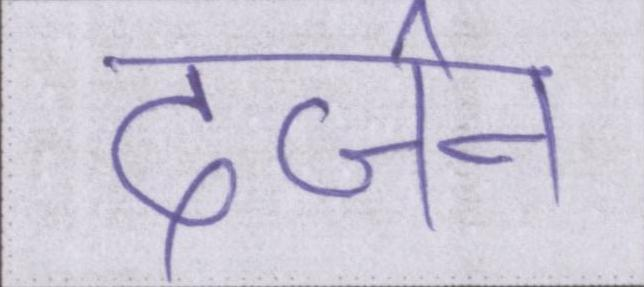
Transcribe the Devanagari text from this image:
दर्जन